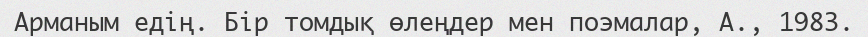
Арманым едің. Бір томдық өлеңдер мен поэмалар, А., 1983.